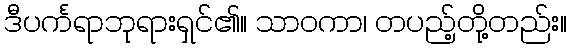
ဒီပင်္ကရာဘုရားရှင်၏။ သာဝကာ၊ တပည့်တို့တည်း။